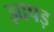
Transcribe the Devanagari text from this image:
झापड़